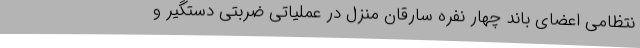
نتظامی اعضای باند چهار نفره سارقان منزل در عملیاتی ضربتی دستگیر و